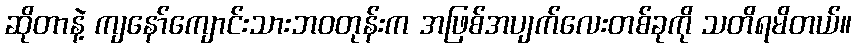
ဆိုတာနဲ့ ကျနော်ကျောင်းသားဘဝတုန်းက အဖြစ်အပျက်လေးတစ်ခုကို သတိရမိတယ်။